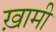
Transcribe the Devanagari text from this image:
ख़ामी